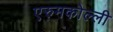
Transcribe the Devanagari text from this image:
एरुमकोल्ली